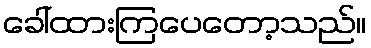
ခေါ်ထားကြပေတော့သည်။